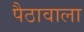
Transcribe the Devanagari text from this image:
पैठावाला